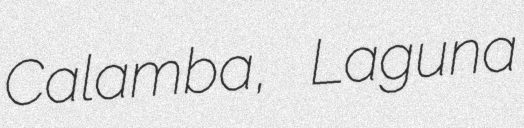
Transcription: Calamba, Laguna